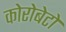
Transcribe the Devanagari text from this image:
कोरोबेटो